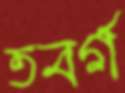
তবর্গ